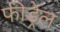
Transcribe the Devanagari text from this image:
फीड्रेल